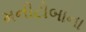
મનીટોબાના